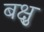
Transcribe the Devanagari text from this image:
बक्षु